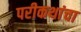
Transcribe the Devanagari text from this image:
परीकथांचा